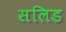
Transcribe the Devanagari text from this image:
सलिड